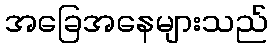
အခြေအနေများသည်